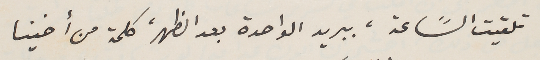
تلقيت السًاعة، ببريد الواحدة بعد الظهر، كلمة من أخينا